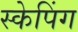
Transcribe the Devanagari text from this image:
स्केपिंग